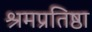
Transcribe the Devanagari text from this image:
श्रमप्रतिष्ठा